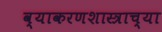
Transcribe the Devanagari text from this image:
व्याकरणशास्त्राच्या